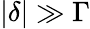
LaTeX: |\delta|\gg\Gamma